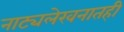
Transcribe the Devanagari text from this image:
नाट्यलेखनातही